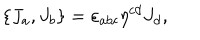
LaTeX: \{ J _ { a } , J _ { b } \} = \varepsilon _ { a b c } \eta ^ { c d } J _ { d } ,